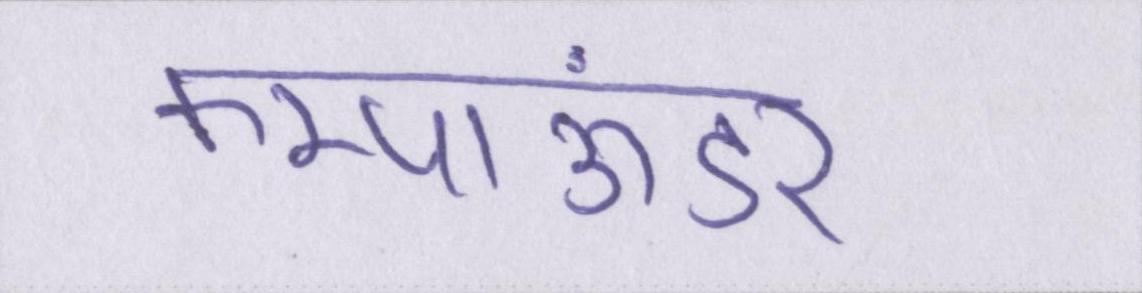
कम्पाऊंडर